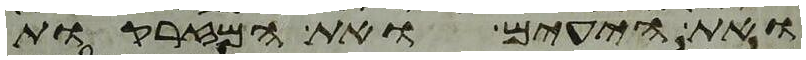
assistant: ואת היעים ואת המזרקות